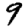
Digit: 9